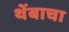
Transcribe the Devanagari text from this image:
थेंबाचा